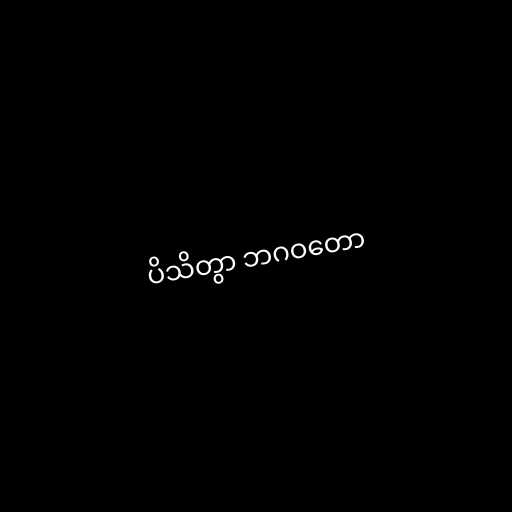
ပိသိတွာ ဘဂဝတော